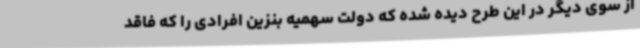
از سوی دیگر در این طرح دیده شده که دولت سهمیه بنزین افرادی را که فاقد